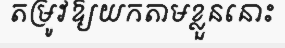
តម្រូវឱ្យយកតាមខ្លួននោះ